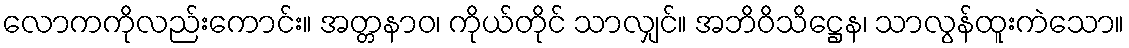
လောကကိုလည်းကောင်း။ အတ္တနာဝ၊ ကိုယ်တိုင် သာလျှင်။ အဘိဝိသိဋ္ဌေန၊ သာလွန်ထူးကဲသော။